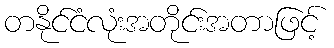
တနိုင်ငံလုံးအတိုင်းအတာဖြင့်